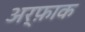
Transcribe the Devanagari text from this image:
अर्फ़ाक